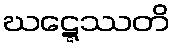
ဃဋ္ဋေဿတိ